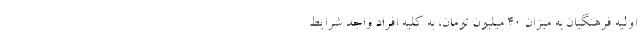
اولیه فرهنگیان به میزان ۴۰ میلیون تومان، به کلیه افراد واجد شرایط